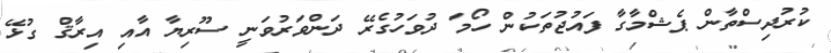
ކުރުދިސްތާން ޕެޝްމާގާ ފައުޖުތަކުން ހޯމަ ދުވަހުގެރޭ ދަންވަރުވަނީ ސޫރިޔާ އާއި އިރާޤް ގުޅޭ